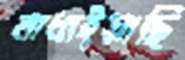
বাধাইয়াছি